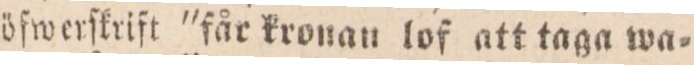
öfwerſkrift ”får kronan lof att taga wa=